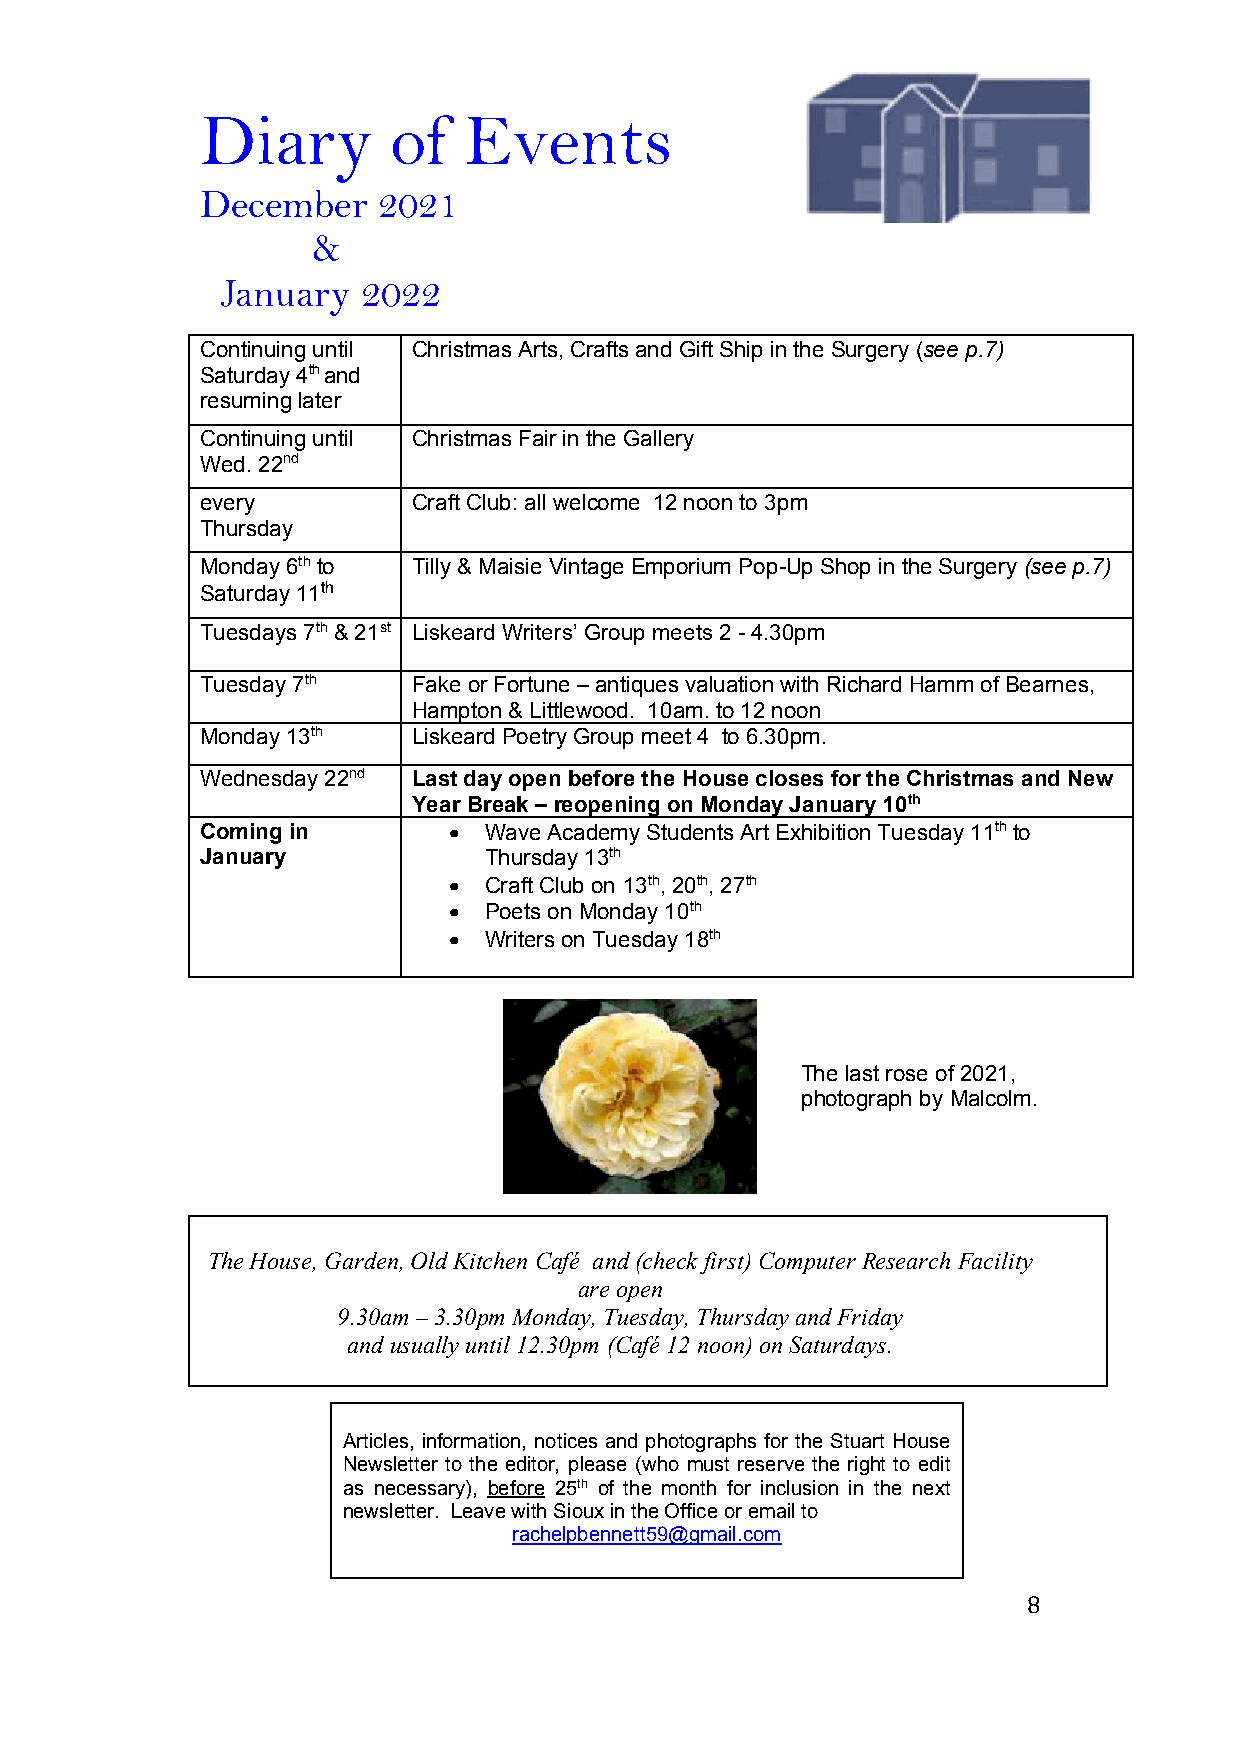
Diary        of   Events
 December    2021
 &
 January  2022
 Continuing until Christmas Arts, Crafts and Gift Ship in the Surgery (see p.7)
 Saturday 4th and
 resuming later
 Continuing until Christmas Fair in the Gallery
 Wed. 22nd
 every         Craft Club: all welcome 12 noon to 3pm
 Thursday
 Monday 6th to Tilly & Maisie Vintage Emporium Pop-Up Shop in the Surgery (see p.7)
 Saturday 11th
 Tuesdays 7th & 21st Liskeard Writers’ Group meets 2 - 4.30pm
 Tuesday 7th   Fake or Fortune – antiques valuation with Richard Hamm of Bearnes,
 Hampton & Littlewood. 10am. to 12 noon
 Monday 13th   Liskeard Poetry Group meet 4 to 6.30pm.
 Wednesday 22nd Last day open before the House closes for the Christmas and New
 Year Break – reopening on Monday January 10th
 Coming in        • Wave Academy Students Art Exhibition Tuesday 11th to
 January            Thursday 13th
 • Craft Club on 13th, 20th, 27th
 • Poets on Monday 10th
 • Writers on Tuesday 18th
 The last rose of 2021,
 photograph by Malcolm.
 The House, Garden, Old Kitchen Café and (check first) Computer Research Facility
 are open
 9.30am – 3.30pm Monday, Tuesday, Thursday and Friday
 and usually until 12.30pm (Café 12 noon) on Saturdays.
 Articles, information, notices and photographs for the Stuart House
 Newsletter to the editor, please (who must reserve the right to edit
 as necessary), before 25th of the month for inclusion in the next
 newsletter. Leave with Sioux in the Office or email to
 rachelpbennett59@gmail.com
 8